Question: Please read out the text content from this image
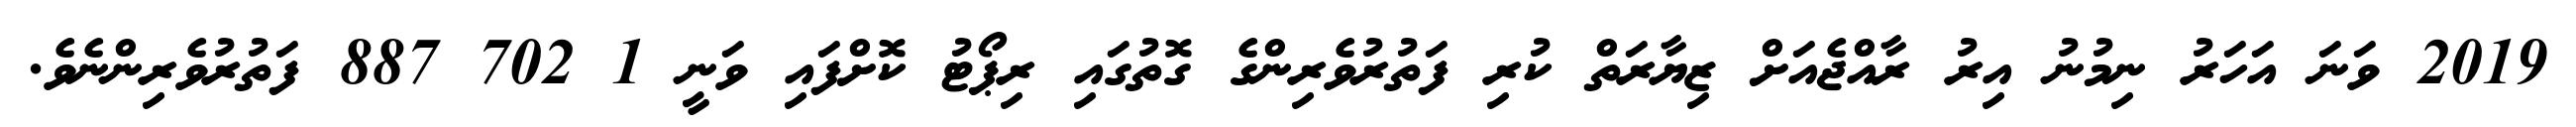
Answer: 2019 ވަނަ އަހަރު ނިމުނު އިރު ރާއްޖެއަށް ޒިޔާރަތް ކުރި ފަތުރުވެރިންގެ ގޮތުގައި ރިޕޯޓު ކޮށްފައި ވަނީ 1 702 887 ފަތުރުވެރިންނެވެ.